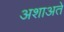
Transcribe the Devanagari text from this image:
अशाअते